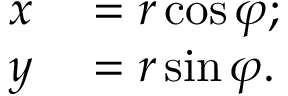
\begin{array} { r l } { x } & { { } = r \cos \varphi ; } \\ { y } & { { } = r \sin \varphi . } \end{array}